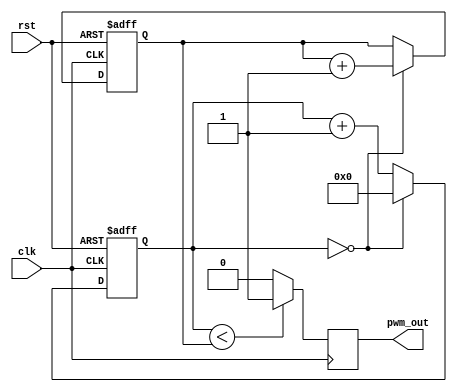
module pwm_pulse_generator(
    input wire clk, // System clock input
    input wire rst, // Reset signal
    output reg pwm_out // PWM output signal
);

reg [7:0] pwm_duty_cycle;
reg [15:0] counter;

always @(posedge clk or posedge rst) begin
    if(rst) begin
        counter <= 16'b0;
        pwm_duty_cycle <= 8'b0;
    end else begin
        counter <= counter + 1;
        if(counter == 16'd0) begin
            counter <= 16'b0;
            pwm_duty_cycle <= pwm_duty_cycle + 8'b1;
        end
    end
end

always @(posedge clk) begin
    if(counter < pwm_duty_cycle) begin
        pwm_out <= 1'b1;
    end else begin
        pwm_out <= 1'b0;
    end
end

endmodule